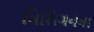
મિશિગનના